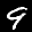
Label: 9